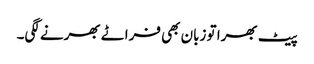
پیٹ بھرا تو زبان بھی فراٹے بھرنے لگی۔